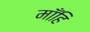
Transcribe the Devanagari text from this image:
माँहि